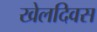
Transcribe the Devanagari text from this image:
खेलदिवस